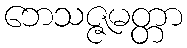
ဘေသဇ္ဇမတ္တာ